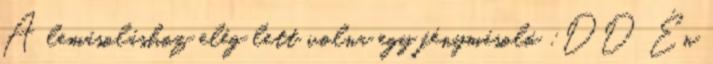
A lemásoláshoz elég lett volna egy fénymásoló :DD Én